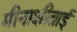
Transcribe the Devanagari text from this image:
मीनाक्षीताई